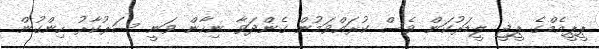
ޕީޕީއެމްގެ ޕީޖީ ލީޑަރުކަން ވެސް ކުރައްވަމުން ގެންދަވާ ނިހާން ވަނީ ސަރުކާރު ހިންގުން